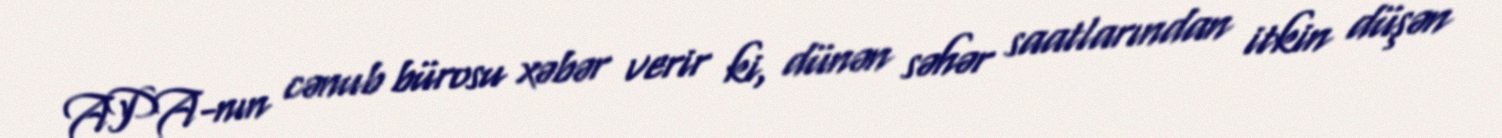
APA-nın cənub bürosu xəbər verir ki, dünən səhər saatlarından itkin düşən